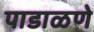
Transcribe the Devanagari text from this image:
पाडाळणे